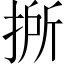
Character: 𢯢